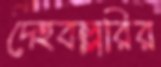
দেহবল্লরির